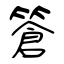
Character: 篬